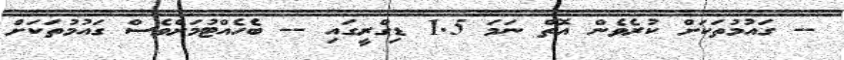
-- ގައުމުތަކަށް ކުރެވެން އޮތް ނަމަ 1.5 ޑިގްރީގައި -- ބެހެއްޓުމަށްވެސް ގައުމުތަކަށް